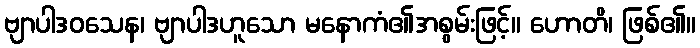
ဗျာပါဒဝသေန၊ ဗျာပါဒဟူသော မနောကံ၏အစွမ်းဖြင့်။ ဟောတိ၊ ဖြစ်၏။